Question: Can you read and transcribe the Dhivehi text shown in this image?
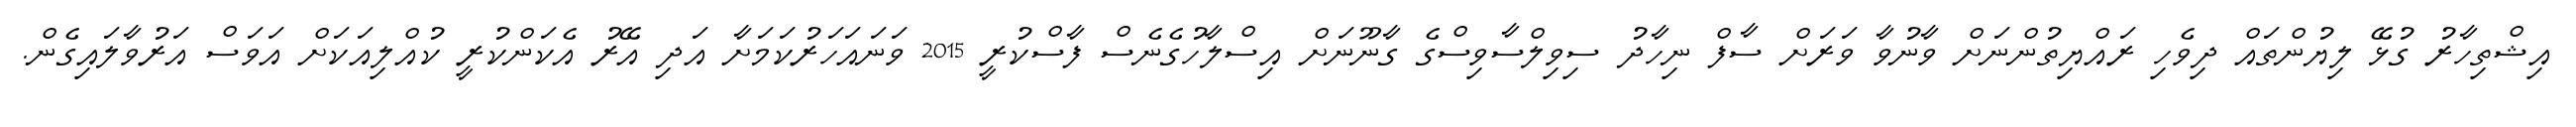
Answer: އިޝްތިހާރު ގުޅޭ ލިޔުންތައް ދިވެހި ރައްޔިތުންނަށް ވާނުވާ ވަރަށް ސާފް ނިހާދު ސިވިލްސާވިސްގެ ގާނޫނަށް އިސްލާހުގެނެސް ފާސްކުރީ 2015 ވަނައަހަރުކަމަށާ އަދި އޭރު އެކަންކުރީ ކުއްލިއަކަށް އަވަސް އަރުވާލައިގެން.